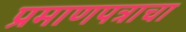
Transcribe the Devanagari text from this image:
प्रमाणपत्राचा